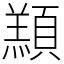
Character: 䫞